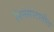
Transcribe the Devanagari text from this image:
मिनेसोटातील